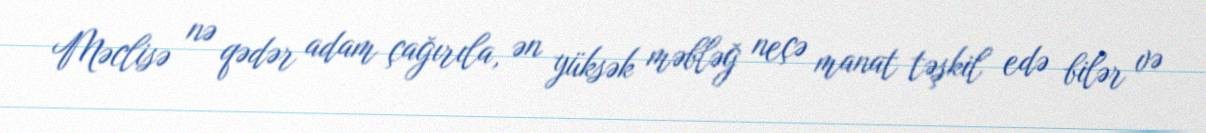
Məclisə nə qədər adam çağırıla, ən yüksək məbləğ neçə manat təşkil edə bilər və